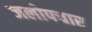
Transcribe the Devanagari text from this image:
जलोपचार